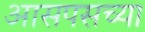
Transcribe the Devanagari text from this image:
आसपसच्या